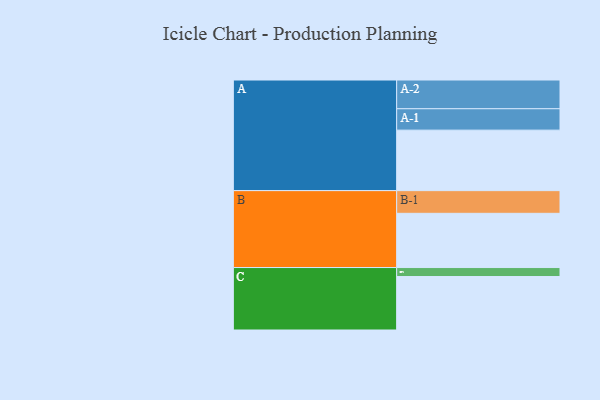
{"axis": {"x": "Segment", "y": "Value"}, "legend": ["", "A", "B", "C"], "data": [{"x": "A", "y": 560, "type": ""}, {"x": "B", "y": 502, "type": ""}, {"x": "C", "y": 495, "type": ""}, {"x": "A-1", "y": 198, "type": "A"}, {"x": "A-2", "y": 266, "type": "A"}, {"x": "B-1", "y": 210, "type": "B"}, {"x": "C-1", "y": 83, "type": "C"}]}